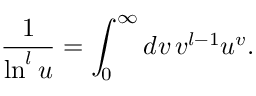
\frac { 1 } { \ln ^ { l } u } = \int _ { 0 } ^ { \infty } d v \, v ^ { l - 1 } u ^ { v } .